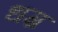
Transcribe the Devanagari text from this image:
धम्र